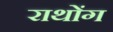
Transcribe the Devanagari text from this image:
राथोंग